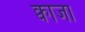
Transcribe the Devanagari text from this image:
क्वाजा